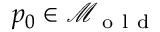
p _ { 0 } \in \mathcal { M } _ { \mathrm { ~ o ~ l ~ d ~ } }